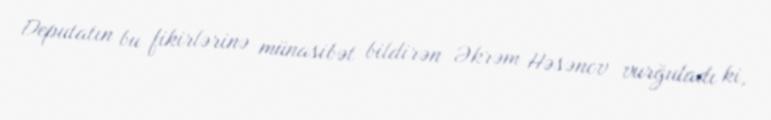
Deputatın bu fikirlərinə münasibət bildirən Əkrəm Həsənov vurğuladı ki,